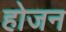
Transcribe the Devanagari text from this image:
होजन